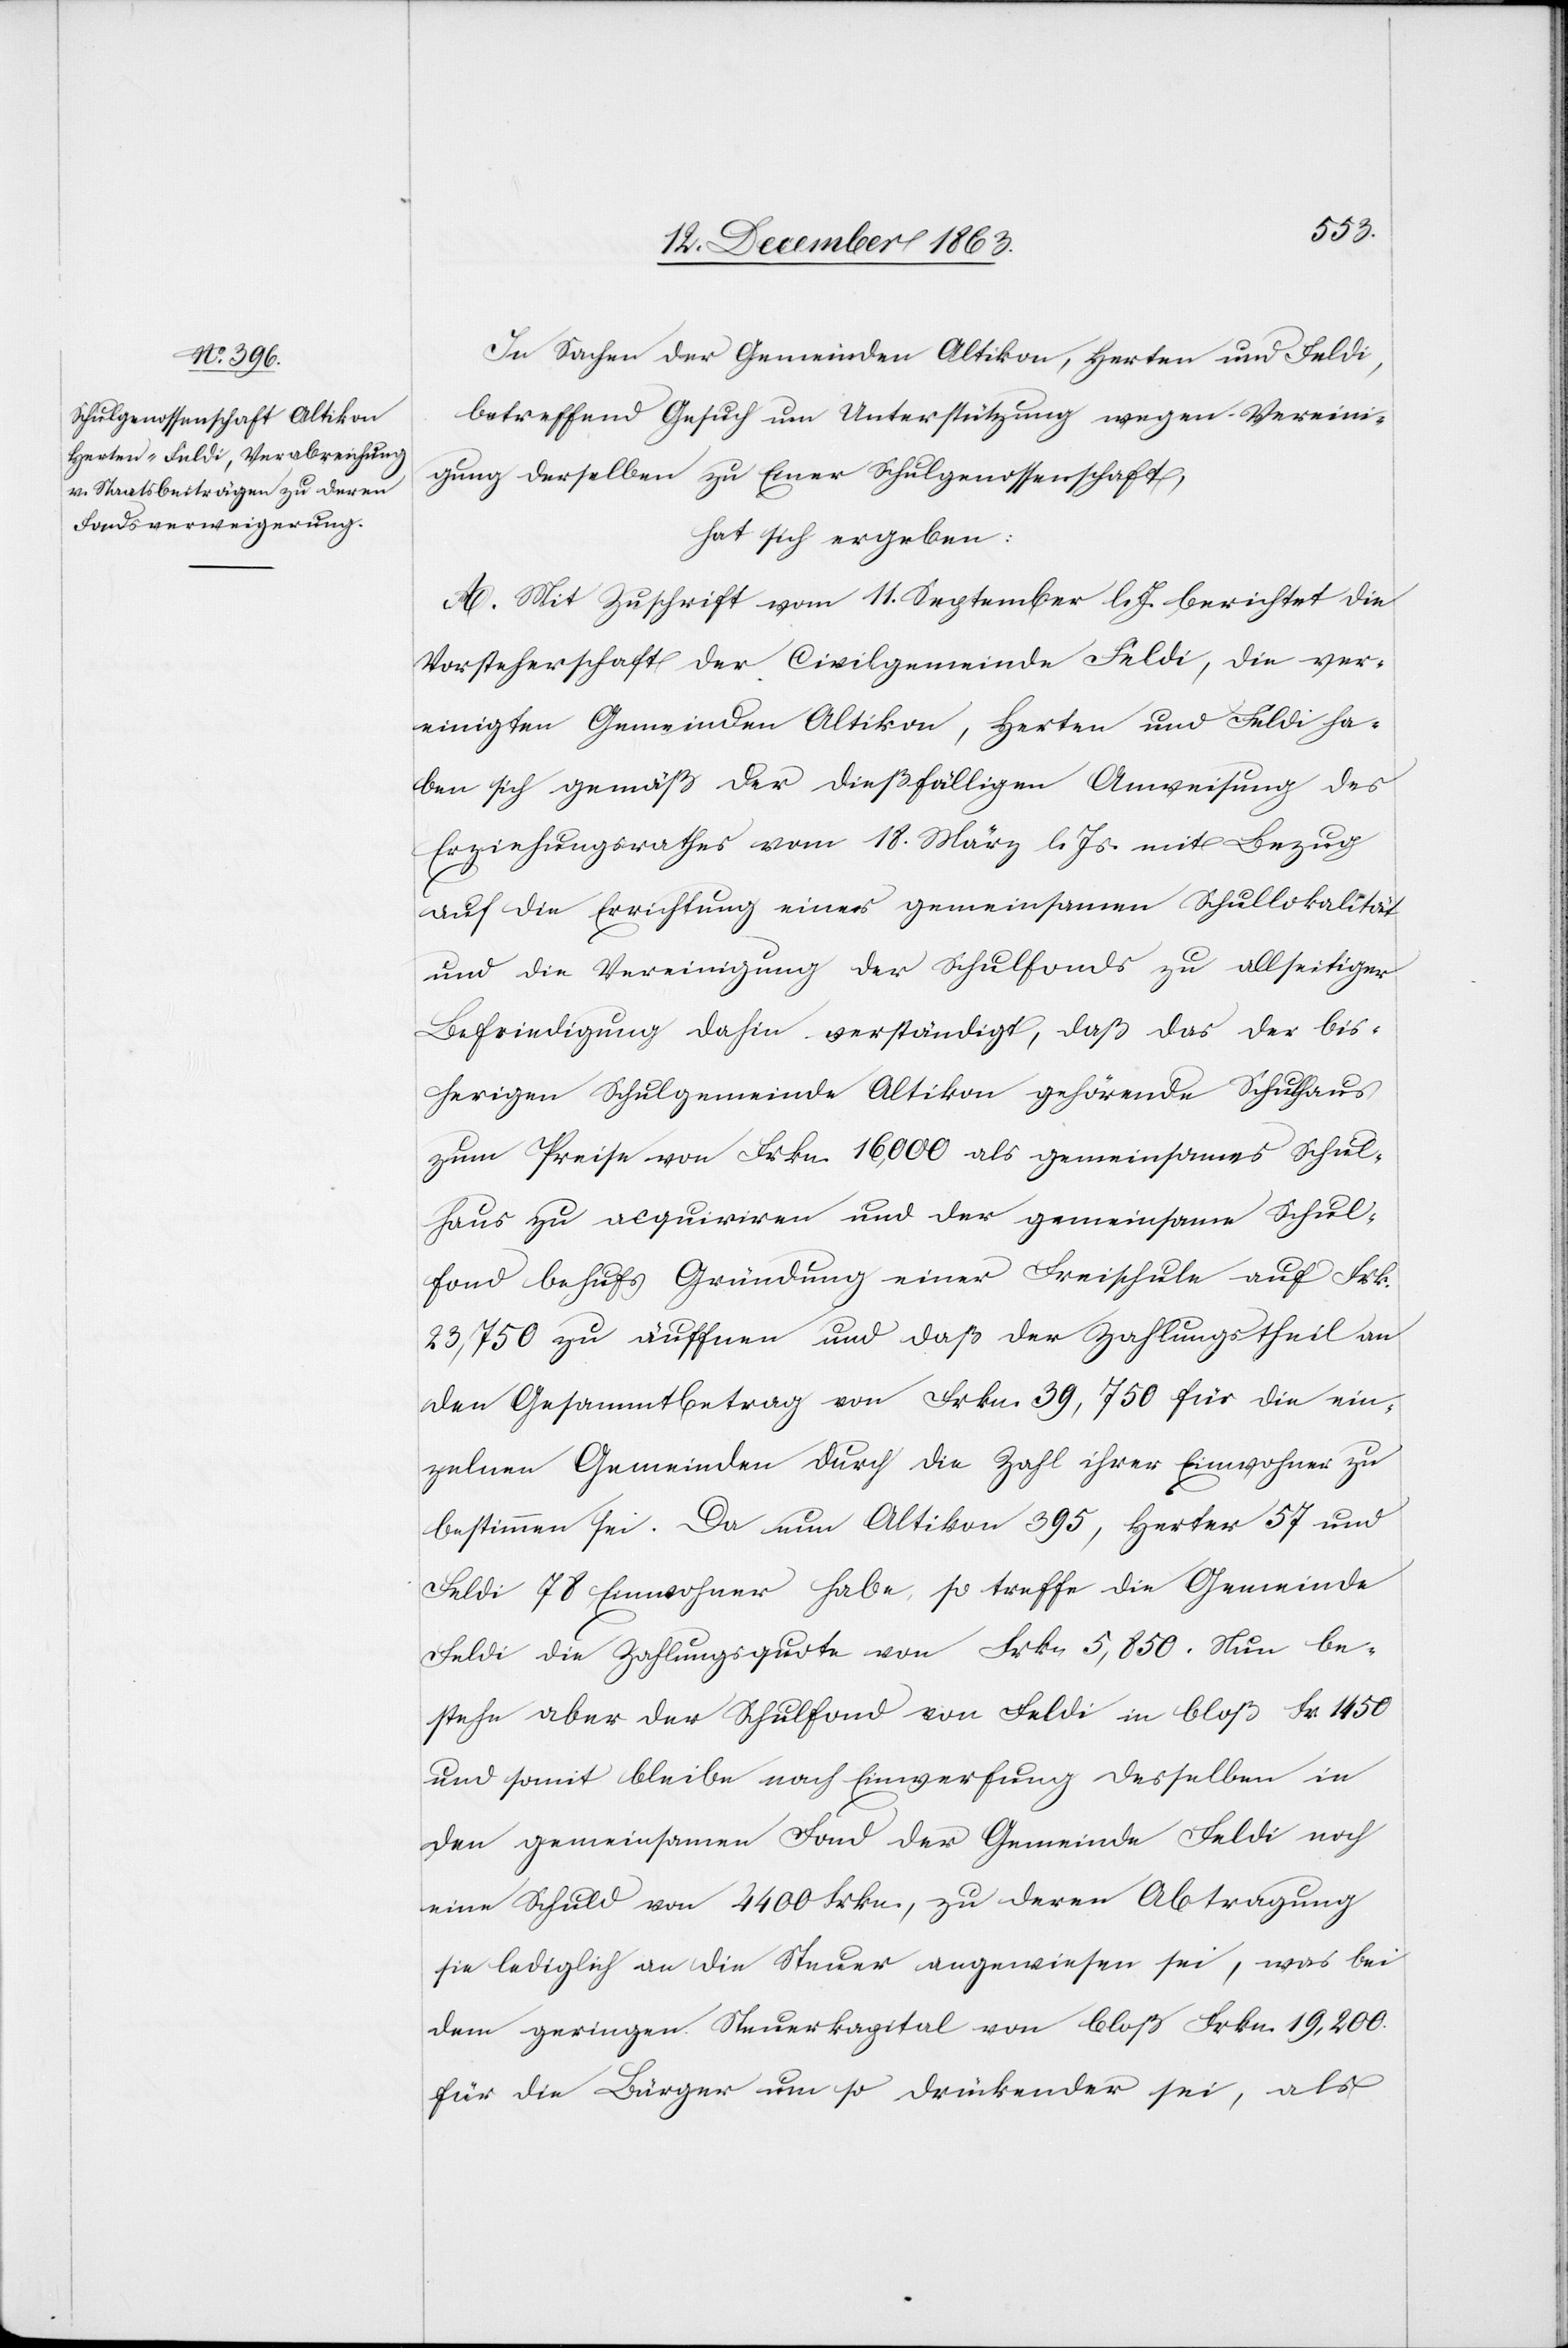
In Sachen der Gemeinde Altikon, Herten und Feldi,
betreffend Gesuch um Unterstützung wegen Vereini¬
gung derselben zu Einer Schulgenossenschaft,
hat sich ergeben:
A. Mit Zuschrift vom 11. September l. Js. berichtet die
Vorsteherschaft der Civilgemeinde Feldi, die ver¬
einigten Gemeinden Altikon, Herten und Feldi ha¬
ben sich gemäß der dießfälligen Anweisung des
Erziehungsrathes vom 18. März l. Js. mit Bezug
auf die Errichtung einer gemeinsamen Schullokalität
und ihre Vereinigung der Schulfonds zu allseitiger
Befriedigung dahin verständigt, daß das der bis¬
herigen Schulgemeinde Altikon gehörende Schulhaus
zum Preise von Frkn. 16,000 als gemeinsames Schul¬
haus zu acquiriren und der gemeinsame Schul¬
fond behufs Gründung einer Freischule auf Frk.
23,750 zu äuffnen und daß der Zahlungstheil an
den Gesammtbetrag von Frkn. 39,750 für die ein¬
zelnen Gemeinden durch die Zahl ihrer Einwohner zu
bestimmen sei. Da nun Altikon 395, Herter [sic!] 57 und
Feldi 78 Einwohner habe, so treffe die Gemeinde
Feldi die Zahlungsquote von Frkn 5,850. Nun be¬
stehe aber der Schulfond von Feldi in bloß Fr. 1450
und somit bleibe nach Einwerfung desselben in
den gemeinsamen Fond der Gemeinde Feldi noch
eine Schuld von 4400 Frkn., zu deren Abtragung
sie lediglich an die Steuer angewiesen sei, was bei
dem geringen Steuerkapital von bloß Frkn. 19,200.
für die Bürger um so drückender sei, als